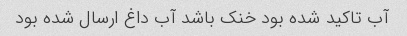
آب تاکید شده بود خنک باشد آب داغ ارسال شده بود